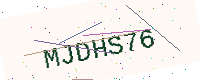
Text: MJDHS76